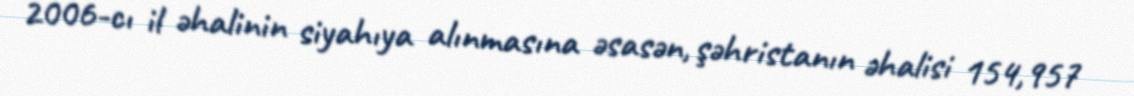
2006-cı il əhalinin siyahıya alınmasına əsasən, şəhristanın əhalisi 154,957